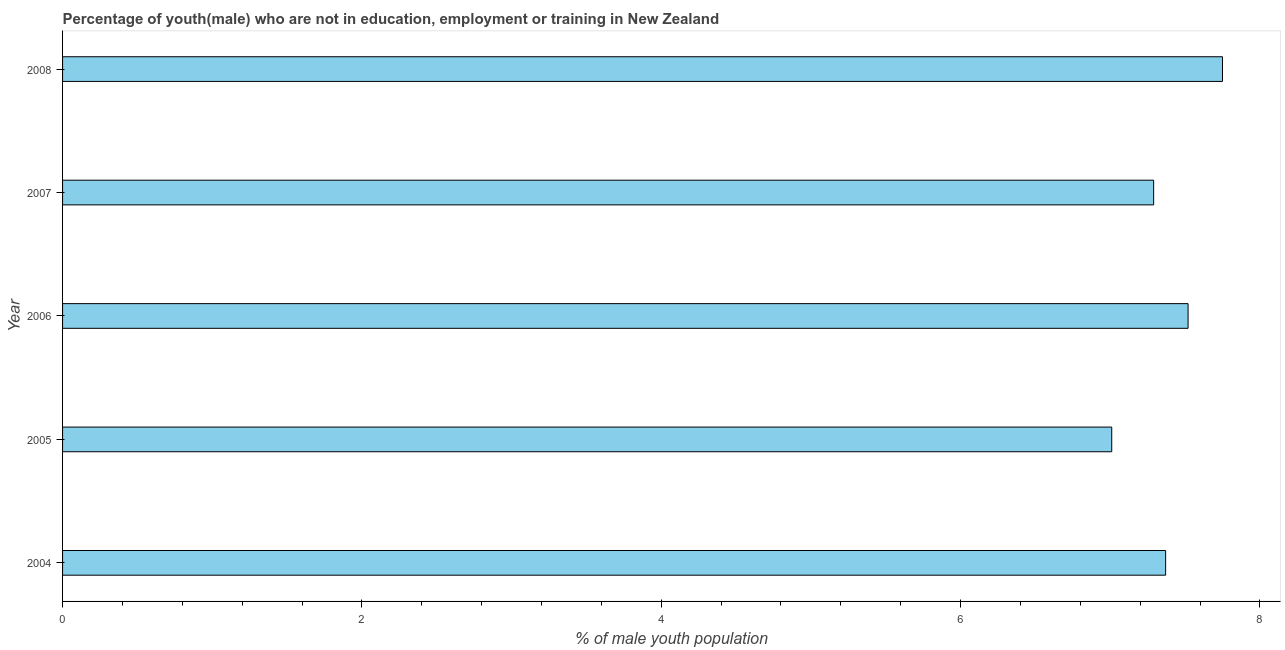
| Year | Unemployed(male) |
 | --- | --- |
 | 2004 | 7.37 |
 | 2005 | 7.01 |
 | 2006 | 7.52 |
 | 2007 | 7.29 |
 | 2008 | 7.75 |